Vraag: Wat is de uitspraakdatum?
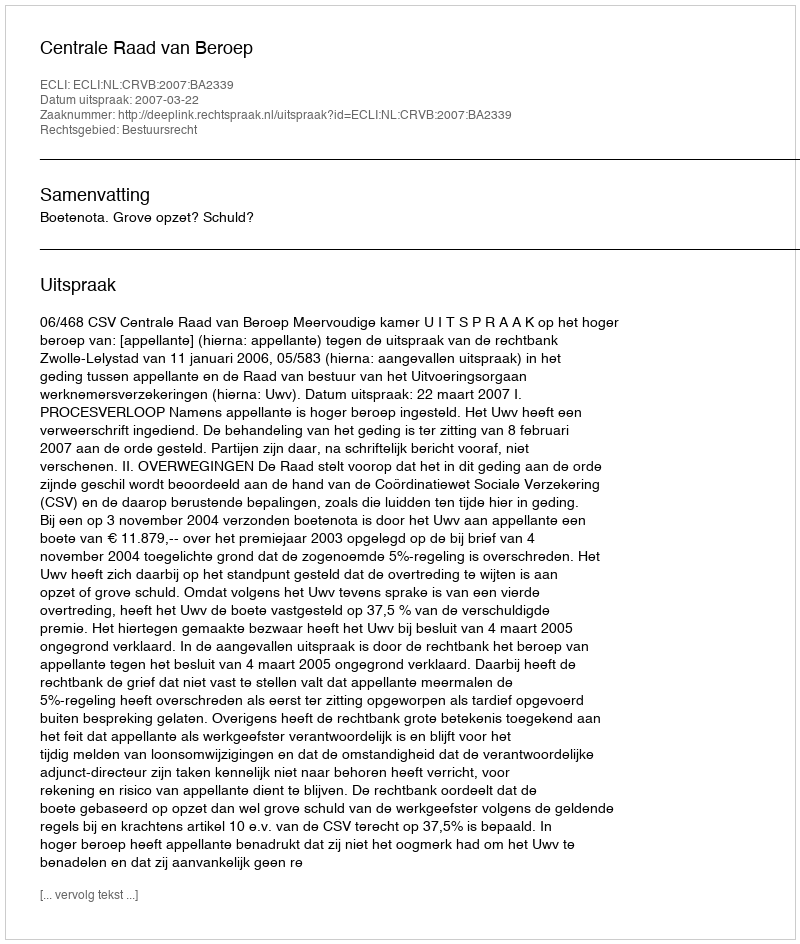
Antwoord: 2007-03-22